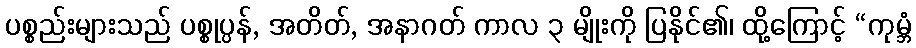
ပစ္စည်းများသည် ပစ္စုပ္ပန်, အတိတ်, အနာဂတ် ကာလ ၃ မျိုးကို ပြနိုင်၏၊ ထို့ကြောင့် “ကုမ္ဘံ